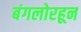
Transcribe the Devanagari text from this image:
बंगलोरहून